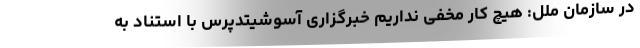
در سازمان ملل: هیچ کار مخفی نداریم خبرگزاری آسوشیتدپرس با استناد به